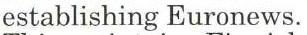
establishing Euronews.